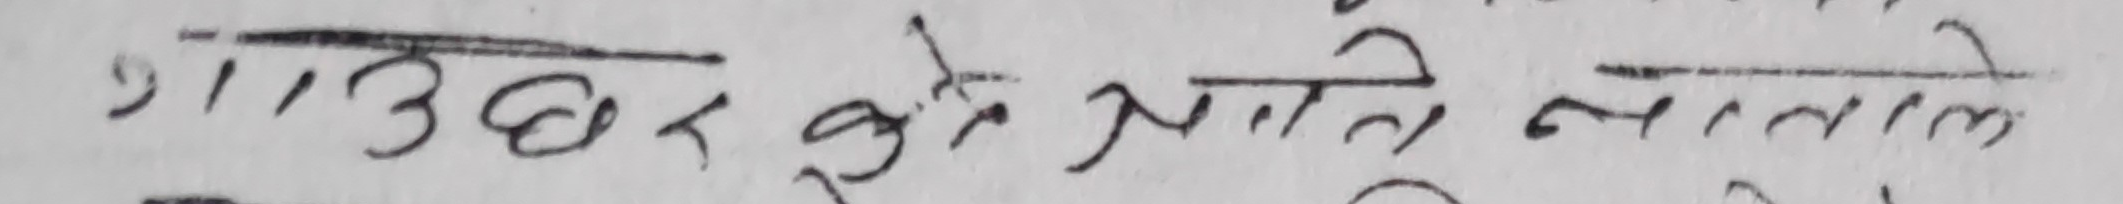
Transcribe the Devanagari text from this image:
गाउँघर कै आते जाते